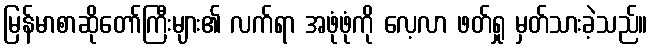
မြန်မာစာဆိုတော်ကြီးများ၏ လက်ရာ အဖုံဖုံကို လေ့လာ ဖတ်ရှု မှတ်သားခဲ့သည်။